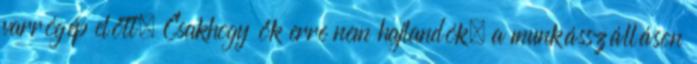
varrógép előtt. Csakhogy ők erre nem hajlandók, a munkásszálláson